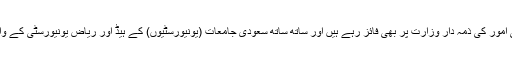
جناب ابا الخیل مذہبی امور کی ذمہ دار وزارت پر بھی فائز رہے ہیں اور ساتھ ساتھ سعودی جامعات (یونیورسٹیوں) کے ہیڈ اور ریاض یونیورسٹی کے وائس چانسلر بھی ہیں۔